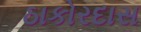
ઠાકોરદાસ